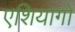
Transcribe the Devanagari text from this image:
एशियागो